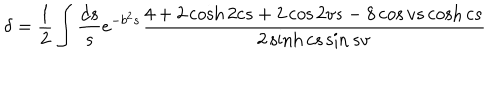
\delta = \frac { 1 } { 2 } \int \frac { d s } { s } e ^ { - b ^ { 2 } s } \frac { 4 + 2 \cosh 2 c s + 2 \cos 2 v s - 8 \cos v s \cosh c s } { 2 \sinh c s \sin s v }